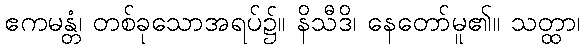
ဧကမန္တံ၊ တစ်ခုသောအရပ်၌။ နိသီဒိ၊ နေတော်မူ၏။ သတ္ထာ၊